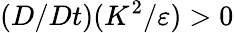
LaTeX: (D/Dt)(K^{2}/\varepsilon)>0